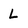
Character: L